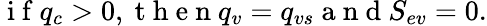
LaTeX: \mathrm{~i~f~}q_{c}>0,\mathrm{~t~h~e~n~}q_{v}=q_{vs}\mathrm{~a~n~d~}S_{ev}=0.